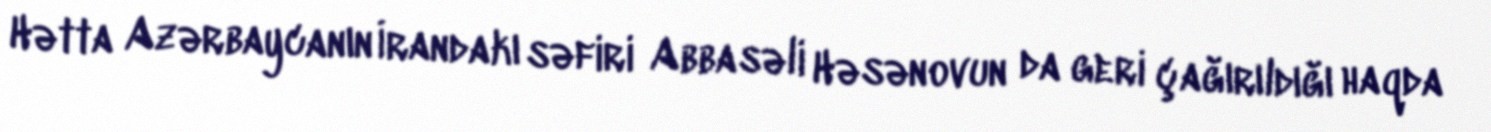
Hətta Azərbaycanın İrandakı səfiri Abbasəli Həsənovun da geri çağırıldığı haqda